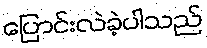
ပြောင်းလဲခဲ့ပါသည်